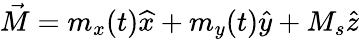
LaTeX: \vec{M}=m_{x}(t)\widehat{x}+m_{y}(t)\widehat{y}+M_{s}\widehat{z}